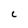
Character: C